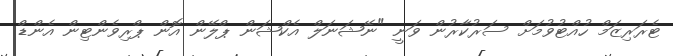
ޓެރަރިޒަމް ހުއްޓުވުމަށް ސަރުކާރުން ވަނީ "ނޭޝަނަލް އެކްޝަން ޕްލޭން އޮން ޕްރިވެންޓިން އެންޑް